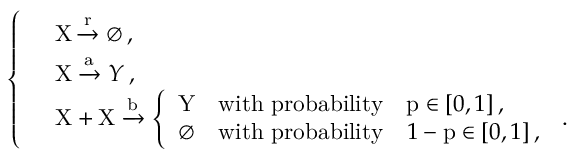
\left\{ \begin{array} { l l } & { \mathrm { X } \xrightarrow { \mathrm { r } } \emptyset \, , } \\ & { \mathrm { X } \xrightarrow { \mathrm { a } } Y \, , } \\ & { \mathrm { X } + \mathrm { X } \xrightarrow { \mathrm { b } } \left\{ \begin{array} { l l } { \mathrm { Y } } & { \mathrm { w i t h ~ p r o b a b i l i t y } \quad \mathrm { p } \in [ 0 , 1 ] \, , } \\ { \emptyset } & { \mathrm { w i t h ~ p r o b a b i l i t y } \quad 1 - \mathrm { p } \in [ 0 , 1 ] \, , } \end{array} \right. \, . } \end{array} \right.